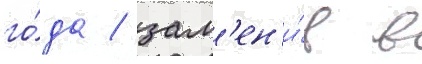
го́да / зам'ен'и́в в